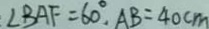
\angle B A F = 6 0 ^ { \circ } , A B = 4 0 c m